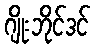
ဂျိုးဘိုင်ဒင်